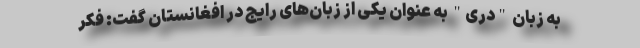
به زبان "دری" به عنوان یکی از زبان‌های رایج در افغانستان گفت: فکر